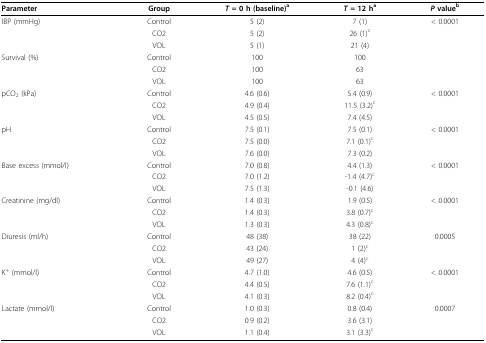
<table><thead><tr><td><b>Parameter</b></td><td><b>Group</b></td><td><b><i>T </i>= 0 h (baseline)<sup>a</sup></b></td><td><b><i>T </i>= 12 h<sup>a</sup></b></td><td><b><i>P </i>value<sup>b</sup></b></td></tr></thead><tbody><tr><td>IBP (mmHg)</td><td>Control</td><td>5 (2)</td><td>7 (1)</td><td>&lt; 0.0001</td></tr><tr><td></td><td>CO2</td><td>5 (2)</td><td>26 (1)<sup>c</sup></td><td></td></tr><tr><td></td><td>VOL</td><td>5 (1)</td><td>21 (4)</td><td></td></tr><tr><td>Survival (%)</td><td>Control</td><td>100</td><td>100</td><td></td></tr><tr><td></td><td>CO2</td><td>100</td><td>63</td><td></td></tr><tr><td></td><td>VOL</td><td>100</td><td>63</td><td></td></tr><tr><td>pCO<sub>2 </sub>(kPa)</td><td>Control</td><td>4.6 (0.6)</td><td>5.4 (0.9)</td><td>&lt; 0.0001</td></tr><tr><td></td><td>CO2</td><td>4.9 (0.4)</td><td>11.5 (3.2)<sup>c</sup></td><td></td></tr><tr><td></td><td>VOL</td><td>4.5 (0.5)</td><td>7.4 (4.5)</td><td></td></tr><tr><td>pH</td><td>Control</td><td>7.5 (0.1)</td><td>7.5 (0.1)</td><td>&lt; 0.0001</td></tr><tr><td></td><td>CO2</td><td>7.5 (0.0)</td><td>7.1 (0.1)<sup>c</sup></td><td></td></tr><tr><td></td><td>VOL</td><td>7.6 (0.0)</td><td>7.3 (0.2)</td><td></td></tr><tr><td>Base excess (mmol/l)</td><td>Control</td><td>7.0 (0.8)</td><td>4.4 (1.3)</td><td>&lt; 0.0001</td></tr><tr><td></td><td>CO2</td><td>7.0 (1.2)</td><td>-1.4 (4.7)<sup>c</sup></td><td></td></tr><tr><td></td><td>VOL</td><td>7.5 (1.3)</td><td>-0.1 (4.6)</td><td></td></tr><tr><td>Creatinine (mg/dl)</td><td>Control</td><td>1.4 (0.3)</td><td>1.9 (0.5)</td><td>&lt; 0.0001</td></tr><tr><td></td><td>CO2</td><td>1.4 (0.3)</td><td>3.8 (0.7)<sup>c</sup></td><td></td></tr><tr><td></td><td>VOL</td><td>1.3 (0.3)</td><td>4.3 (0.8)<sup>c</sup></td><td></td></tr><tr><td>Diuresis (ml/h)</td><td>Control</td><td>48 (38)</td><td>38 (22)</td><td>0.0005</td></tr><tr><td></td><td>CO2</td><td>43 (24)</td><td>1 (2)<sup>c</sup></td><td></td></tr><tr><td></td><td>VOL</td><td>49 (27)</td><td>4 (4)<sup>c</sup></td><td></td></tr><tr><td>K<sup>+ </sup>(mmol/l)</td><td>Control</td><td>4.7 (1.0)</td><td>4.6 (0.5)</td><td>&lt; 0.0001</td></tr><tr><td></td><td>CO2</td><td>4.4 (0.5)</td><td>7.6 (1.1)<sup>c</sup></td><td></td></tr><tr><td></td><td>VOL</td><td>4.1 (0.3)</td><td>8.2 (0.4)<sup>c</sup></td><td></td></tr><tr><td>Lactate (mmol/l)</td><td>Control</td><td>1.0 (0.3)</td><td>0.8 (0.4)</td><td>0.0007</td></tr><tr><td></td><td>CO2</td><td>0.9 (0.2)</td><td>3.6 (3.1)</td><td></td></tr><tr><td></td><td>VOL</td><td>1.1 (0.4)</td><td>3.1 (3.3)<sup>c</sup></td><td></td></tr></tbody></table>